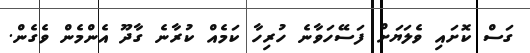
ގަސް ކޮށައި ވެލަޔަށް ފަސޭހަވާނެ ހުރިހާ ކަމެއް ކުރާނެ ގާދޫ އެންމެން ވެގެން.